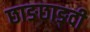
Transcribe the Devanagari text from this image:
छाङछाङ्दी